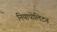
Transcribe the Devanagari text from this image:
नियापोलिटन